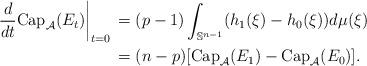
LaTeX: \begin{align*}\left.\frac{d}{dt} \mbox{Cap}_{\mathcal{A}}(E_t) \right|_{ t = 0 } \, &= (p-1) \int_{\mathbb{S}^{n-1}} (h_1(\xi)-h_0(\xi)) d\mu(\xi) \\&=(n-p) [\mbox{Cap}_{\mathcal{A}}(E_1)-\mbox{Cap}_{\mathcal{A}}(E_0)].\end{align*}